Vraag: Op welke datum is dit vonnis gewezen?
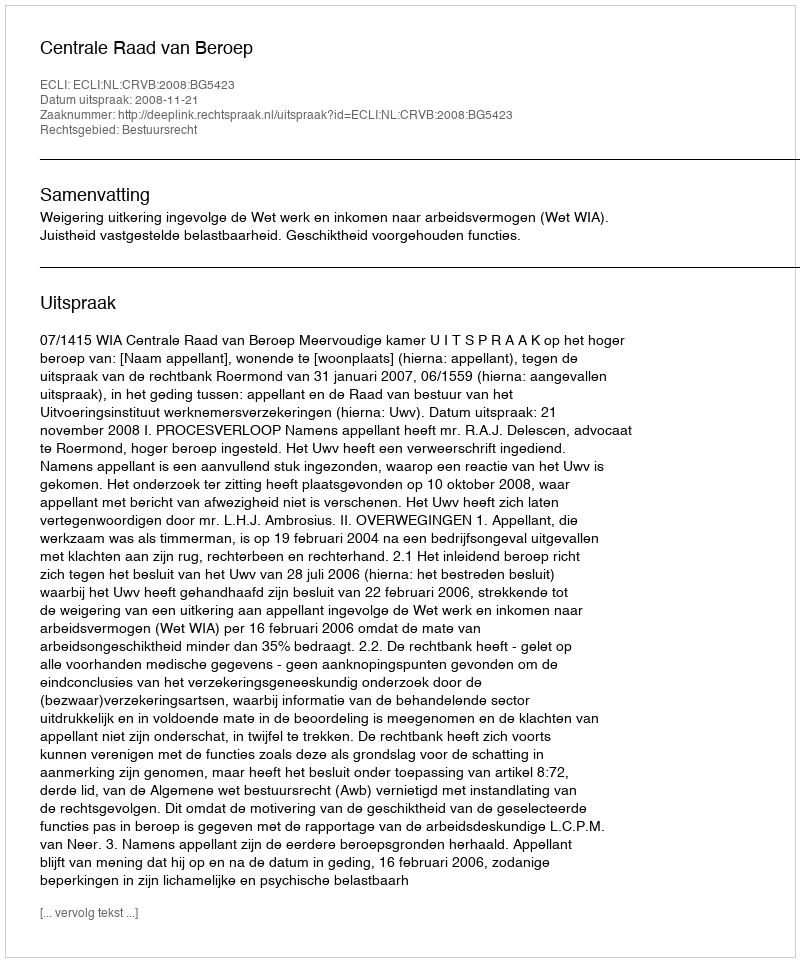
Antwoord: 2008-11-21